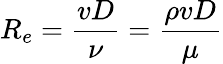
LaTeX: R_{e}={\frac{vD}{\nu}}={\frac{\rho vD}{\mu}}